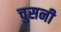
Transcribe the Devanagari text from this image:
चुसनी